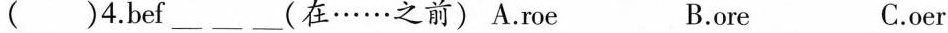
( )4.bef ___ ___ ___ (在……之前) A.roe B.ore C.oer